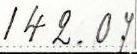
142.07